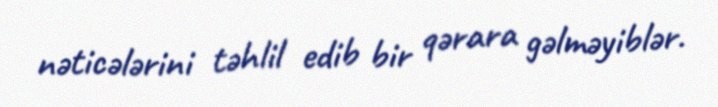
nəticələrini təhlil edib bir qərara gəlməyiblər.